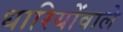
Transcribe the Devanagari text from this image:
धारियोंवाले